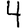
Digit: 4